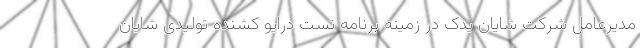
مدیرعامل شرکت شایان یدک در زمینه برنامه تست درایو کشنده تولیدی شایان